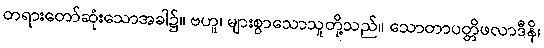
တရားတော်ဆုံးသောအခါ၌။ ဗဟူ၊ များစွာသောသူတို့သည်။ သောတာပတ္တိဖလာဒီနိ၊